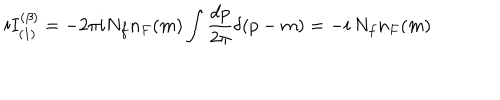
i I _ { ( 1 ) } ^ { ( \beta ) } = - 2 \pi i N _ { f } n _ { F } ( m ) \int { \frac { d p } { 2 \pi } } \delta ( p - m ) = - i \, N _ { f } n _ { F } ( m )